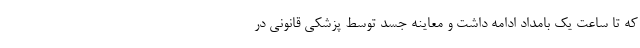
که تا ساعت یک بامداد ادامه داشت و معاینه جسد توسط پزشکی قانونی در